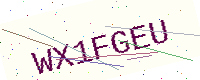
Text: WX1FGEU